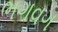
ભગવગ